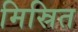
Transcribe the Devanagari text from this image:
मिस्रित